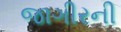
જાગીરની